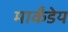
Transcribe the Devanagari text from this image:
मार्कंंडेय